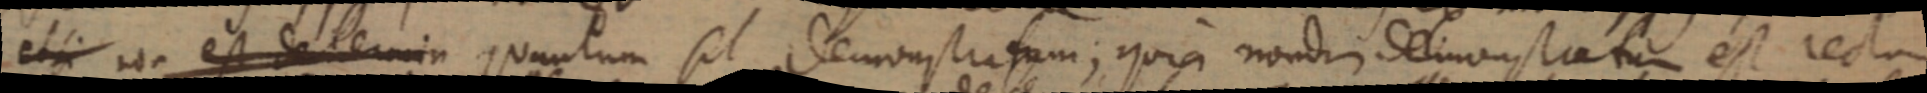
et si non est determin quantum sit demonstratum; quia nondim demonstatur est recta